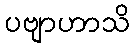
ပဗျာဟာသိ